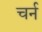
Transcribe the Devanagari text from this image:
चर्न